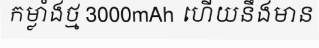
កម្លាំងថ្ម 3000mAh ហើយនឹងមាន